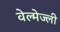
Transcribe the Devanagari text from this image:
वेल्मेज्ली